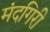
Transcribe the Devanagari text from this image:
मंदगिरी